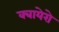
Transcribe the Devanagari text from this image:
क्बायेरो